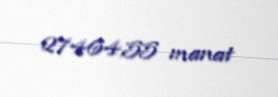
27464,55 manat